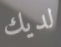
لديك